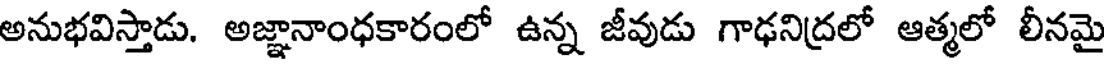
అనుభవిస్తాడు. అజ్ఞానాంధకారంలో ఉన్న జీవుడు గాఢనిద్రలో ఆత్మలో లీనమై